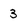
Character: 3